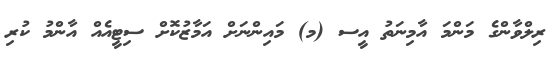
ރިލްވާންގެ މަންމަ އާމިނަތު އީސ (މ) މައިންނަށް އަމާޒުކޮށް ސިޓީއެއް އާންމު ކުރި